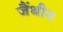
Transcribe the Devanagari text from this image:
जैंथीन